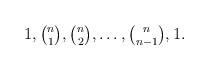
LaTeX: \begin{align*}\textstyle1,\binom{n}{1},\binom{n}{2},\dotsc,\binom{n}{n-1},1.\end{align*}